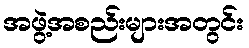
အဖွဲ့အစည်းများအတွင်း